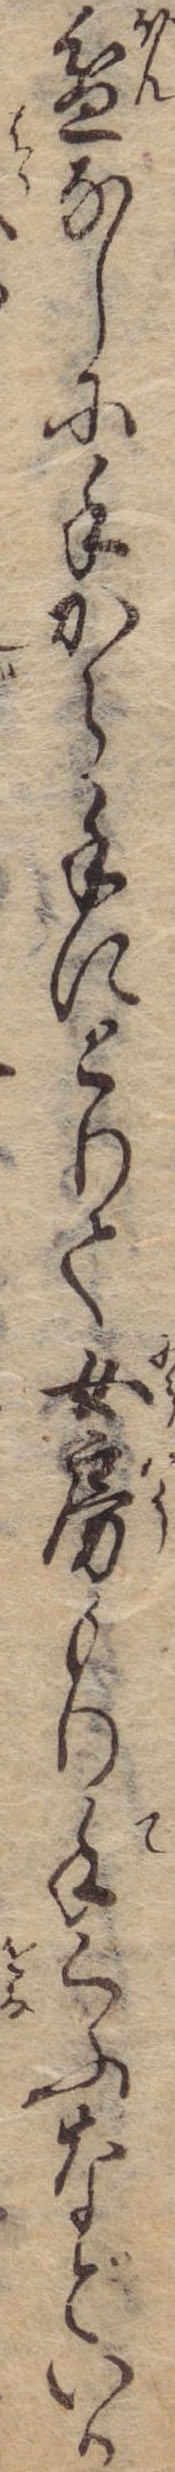
盆なしに手から手にとりて女房もり手くふなどいか